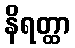
နိရတ္ထာ